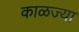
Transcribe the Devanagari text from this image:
काळज्या